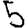
Digit: 5